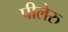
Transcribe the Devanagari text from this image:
पीलेरु